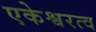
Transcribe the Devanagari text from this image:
एकेश्वरत्व